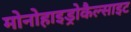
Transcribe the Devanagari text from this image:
मोनोहाइड्रोकैल्साइट